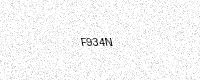
Text: F934N